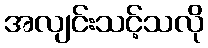
အလျင်းသင့်သလို